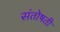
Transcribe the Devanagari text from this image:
संतोषती